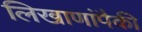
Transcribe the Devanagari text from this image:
लिखाणांपैकी